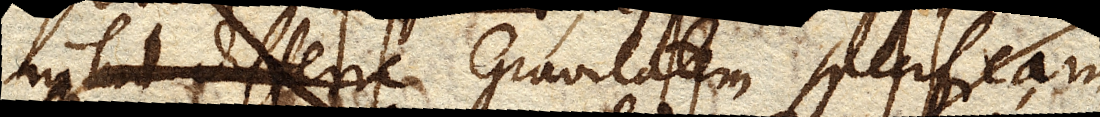
nihil differe Gravitatem specificam